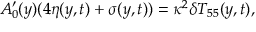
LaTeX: A _ { 0 } ^ { \prime } ( y ) ( 4 \eta ( y , t ) + \sigma ( y , t ) ) = \kappa ^ { 2 } \delta T _ { 5 5 } ( y , t ) ,